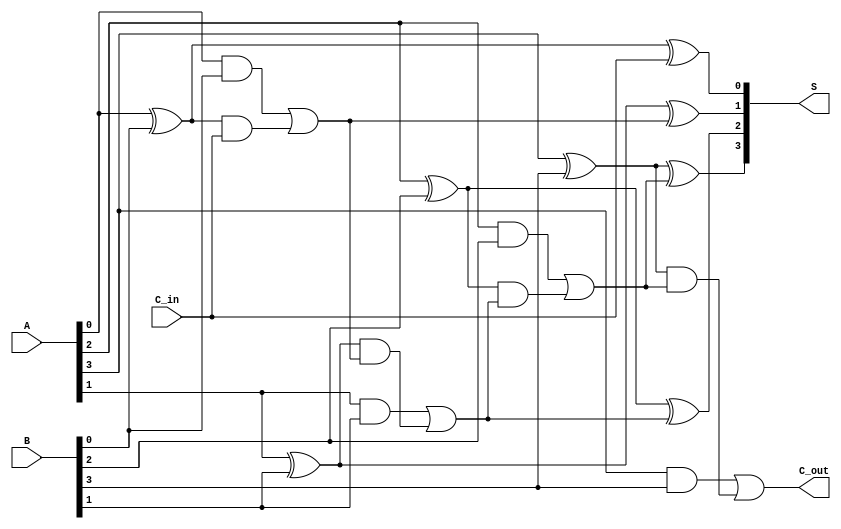
module ling_adder #(parameter n = 4) (
    input  wire [n-1:0] A,      // First n-bit binary number
    input  wire [n-1:0] B,      // Second n-bit binary number
    input  wire C_in,            // Input carry
    output wire [n-1:0] S,       // n-bit sum output
    output wire C_out            // Output carry
);

// Internal signals for carry generation and propagation
wire [n-1:0] G; // Carry generate signals
wire [n-1:0] P; // Carry propagate signals
wire [n:0] C;   // Carry signals

// Generate and propagate for each bit
genvar i;
generate
    for (i = 0; i < n; i = i + 1) begin : full_adder
        // Generate and propagate
        assign G[i] = A[i] & B[i];
        assign P[i] = A[i] ^ B[i];
        
        // Sum calculation using the carry-in and previous carry
        if (i == 0) begin
            assign S[i] = P[i] ^ C_in; // First sum bit
            assign C[i+1] = G[i] | (P[i] & C_in); // First carry-out
        end else begin
            assign S[i] = P[i] ^ C[i]; // Sum for subsequent bits
            assign C[i+1] = G[i] | (P[i] & C[i]); // Carry-out
        end
    end
endgenerate

// Output carry
assign C_out = C[n];

// Assign first carry input
assign C[0] = C_in;

endmodule